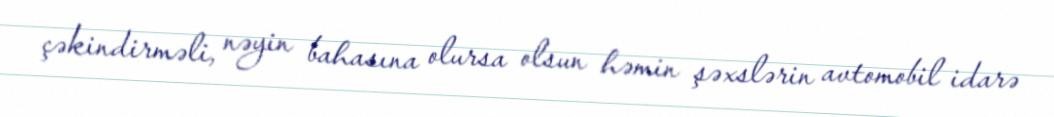
çəkindirməli, nəyin bahasına olursa olsun həmin şəxslərin avtomobil idarə